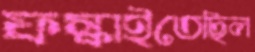
ফস্‌কাইতেছিল